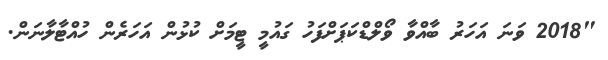
"2018 ވަނަ އަހަރު ބާއްވާ ވޯލްޑްކަޕަށްފަހު ގައުމީ ޓީމަށް ކުޅުން އަހަރެން ހުއްޓާލާނަން.